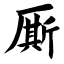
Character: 厮